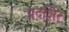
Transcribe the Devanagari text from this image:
प्रदर्शित्‍